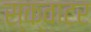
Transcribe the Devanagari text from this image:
स्क्वाटर